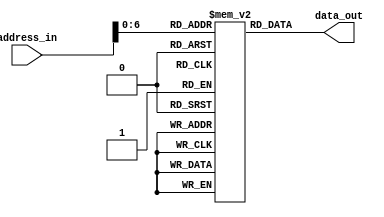
module instruction_memory(
	data_out, 
	address_in
); 
	output reg [31:0] data_out; // input and output should have 32-bit length. 	
	input [31:0] address_in; 

	reg [31:0] mem[127:0]; 
	
	initial begin 
		mem[0] <= 32'h04100000; // LDR R0 MEM[0]
		mem[1] <= 32'h04181002; // LDR R1 MEM[2]
		mem[2] <= 32'h00800008; // ADD R0, R0, R8 SEE R0 
		mem[3] <= 32'h00811008; // ADD R1, R1, R8 SEE R1
		mem[4] <= 32'h00410000; // SUB R0, R1, R0 
		mem[5] <= 32'h00800008; // ADD R0, R0, R9, SEE R0 
		mem[6] <= 32'h01810001; // ORR R0, R0, R1 
		mem[7] <= 32'h00800008; // ADD R0, R0, R9, SEE R0
		mem[8] <= 32'h01410000; // CMP R0, R1, SEE UPDATE IN FLAG Z
		mem[9] <= 32'h00800008;  // ADD R0, R0, R9, SEE R0 
		mem[10] <= 32'h01A000A0; // LSR R0, R0, #1
		mem[11] <= 32'h00000001; // AND R0, R0, R1
		mem[12] <= 32'h00800008; // ADD R0, R0, R8 SEE R0
		mem[13] <= 32'h01A00080; // LSL R0, R0, #1  
		mem[14] <= 32'h00800008; // ADD R0, R0, R8 SEE R0
		mem[15] <= 32'h04080000; // STR R0, [R8, #0] => MEM[0] <- 8 
		mem[16] <= 32'h01A000A0; // LSR R0, R0, #1
		mem[17] <= 32'h00800008; // ADD R0, R0, R8 SEE R0
		mem[18] <= 32'h04180000; // LDR R0 MEM[0], SEE R0=8 
		mem[19] <= 32'h00800001; // ADD R0, R0, R8 SEE R0
		//h04080000
	end 
	
	always @(*) begin 
		data_out <= mem[address_in]; 
	end 

endmodule